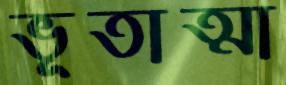
ভূতাত্মা